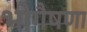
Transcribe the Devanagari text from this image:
भोगैषणा